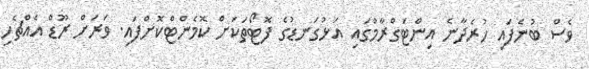
ވެސް ބުނެފައި ހުރެދާނެ އިންޓަގްރާމްގައި އަޅުގަނޑުގެ ފޮޓޯތަކަށް ކޮމެންޓްކޮށްފައި. ވަރަށް ރޫޑް އެއްޗެހި